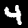
Digit: 4